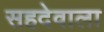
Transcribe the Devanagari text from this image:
सहदेवाला